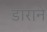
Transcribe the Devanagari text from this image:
डाराने